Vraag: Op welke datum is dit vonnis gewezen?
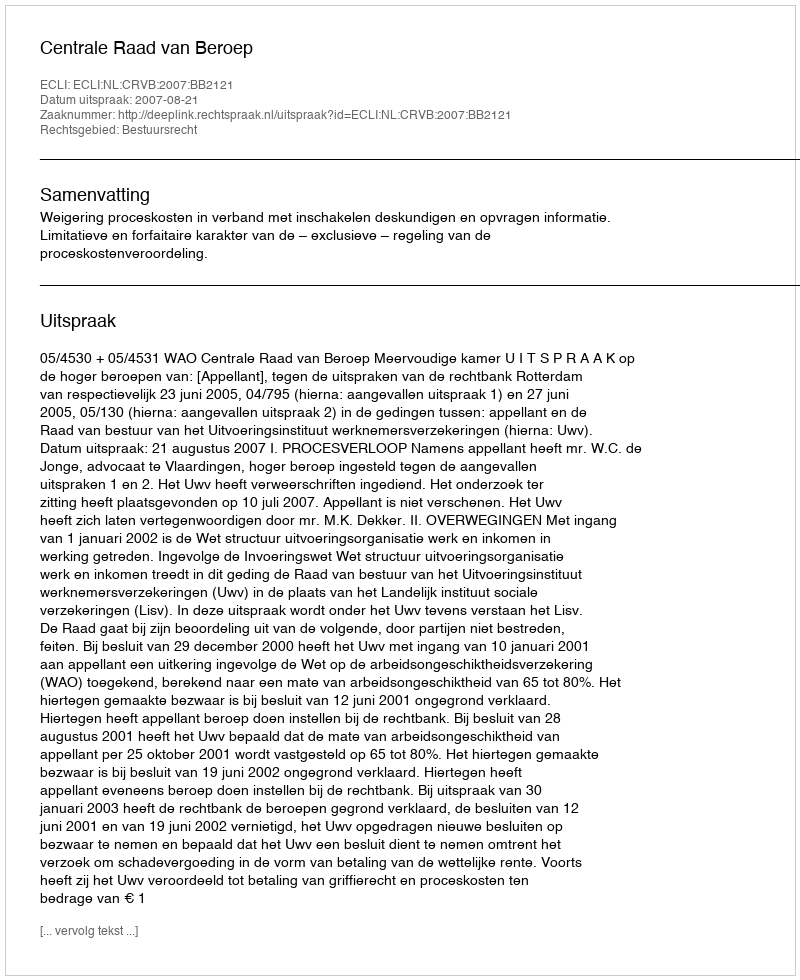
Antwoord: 2007-08-21